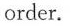
order.